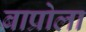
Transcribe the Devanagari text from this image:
बाप्रोला